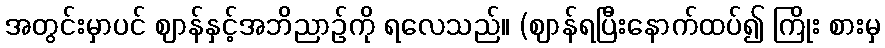
အတွင်းမှာပင် ဈာန်နှင့်အဘိညာဉ်ကို ရလေသည်။ (ဈာန်ရပြီးနောက်ထပ်၍ ကြိုး စားမှ